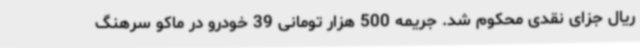
ریال جزای نقدی محکوم شد. جریمه 500 هزار تومانی 39 خودرو در ماکو سرهنگ